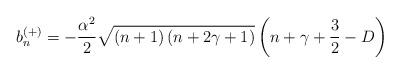
LaTeX: \begin{align*}\mathit{\ }b_{n}^{\left( +\right) }=-\frac{\alpha ^{2}}{2}\sqrt{\left(n+1\right) \left( n+2\gamma +1\right) }\left( n+\gamma +\frac{3}{2}-D\right)\end{align*}